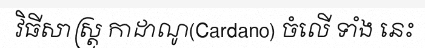
វិធីសាស្ត្រ កាដាណូ(Cardano) ចំលើ ទាំង នេះ